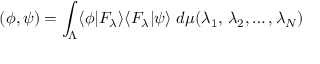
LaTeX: \left( \phi , \psi \right) = \int _ { \Lambda } \langle \phi | F _ { \lambda } \rangle \langle F _ { \lambda } | \psi \rangle \; d \mu ( \lambda _ { 1 } , \, \lambda _ { 2 } , \dots , \lambda _ { N } )